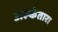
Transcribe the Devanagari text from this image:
अल्कँतारा